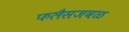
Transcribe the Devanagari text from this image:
फलैसजवळ